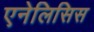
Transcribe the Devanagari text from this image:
एनेलिसिस